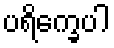
ပရိက္ခေပါ